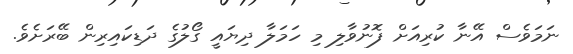
ނަމަވެސް އޭނާ ކުރިއަށް ފޮނުވާލި މި ހަމަލާ ދިޔައީ ގޯލުގެ ދަޑިކައިރިން ބޭރަށެވެ.